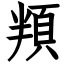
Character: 頖